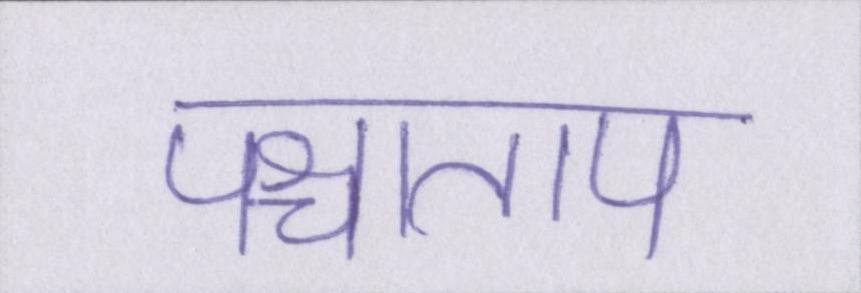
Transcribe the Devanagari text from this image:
पश्चाताप